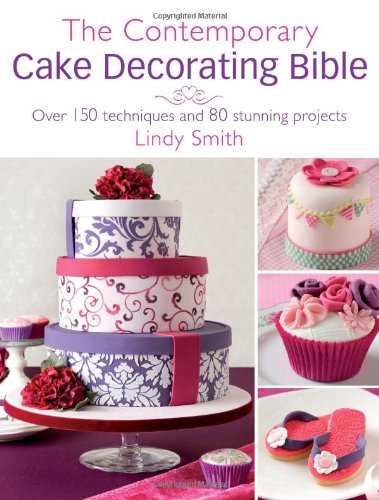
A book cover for The Contemporary Cake Decorating Bible: Over 150 Techniques and 80 Stunning Projects; Lindy Smith; Cookbooks, Food & Wine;